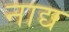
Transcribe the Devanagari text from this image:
नाद्य